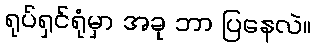
ရုပ်ရှင်ရုံမှာ အခု ဘာ ပြနေလဲ။